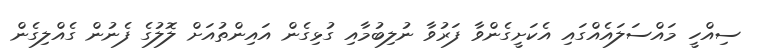
ސިއްހީ މައްސަލައެއްގައި އެކަށީގެންވާ ފަރުވާ ނުލިބުމާއި ގުޅިގެން އައިންތުއަށް ލޮލުގެ ފެނުން ގެއްލިގެން